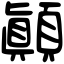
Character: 顚